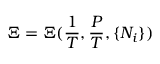
\Xi = \Xi ( { \frac { 1 } { T } } , { \frac { P } { T } } , \{ N _ { i } \} )